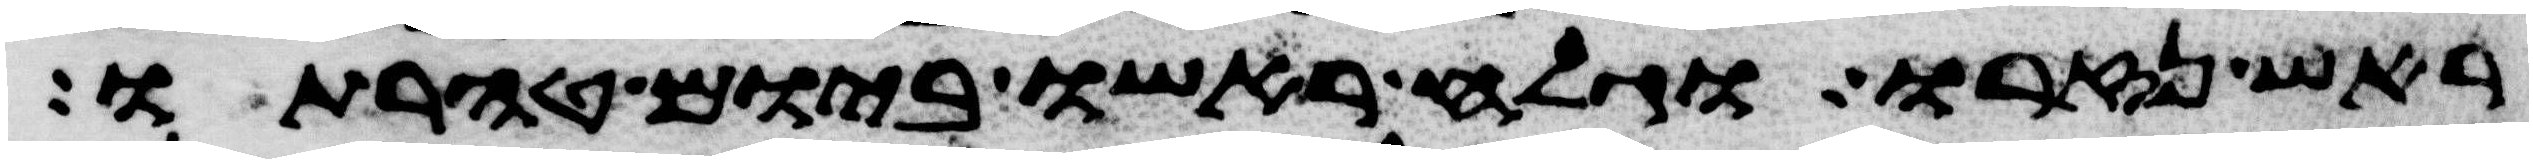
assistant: ראש נזרו וגלח ראשו ביום טהרתו